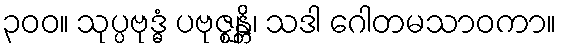
၃၀၀။ သုပ္ပဗုဒ္ဓံ ပဗုဇ္ဈန္တိ၊ သဒါ ဂေါတမသာဝကာ။